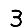
Digit: 3